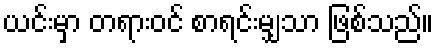
ယင်းမှာ တရားဝင် စာရင်းမျှသာ ဖြစ်သည်။